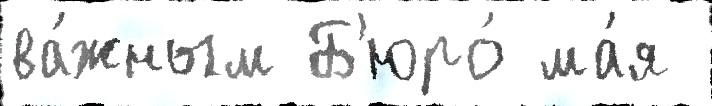
ва́жным Б'юро́ ма́я